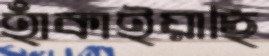
হাঁকাইয়াছি